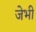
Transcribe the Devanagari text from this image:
जेभी